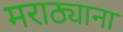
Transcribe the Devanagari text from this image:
मराठ्याना